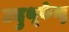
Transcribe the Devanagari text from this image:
उदुथूकेत्तु